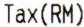
TAX(RM)